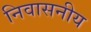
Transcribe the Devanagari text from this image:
निवासनीय